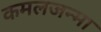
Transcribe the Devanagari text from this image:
कमलजन्मा